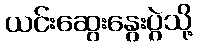
ယင်းဆွေးနွေးပွဲသို့